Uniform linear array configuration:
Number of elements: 12
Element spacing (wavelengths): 1
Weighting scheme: hamming
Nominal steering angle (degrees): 45
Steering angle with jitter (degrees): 44.783
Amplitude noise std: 0.05
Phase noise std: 0.05

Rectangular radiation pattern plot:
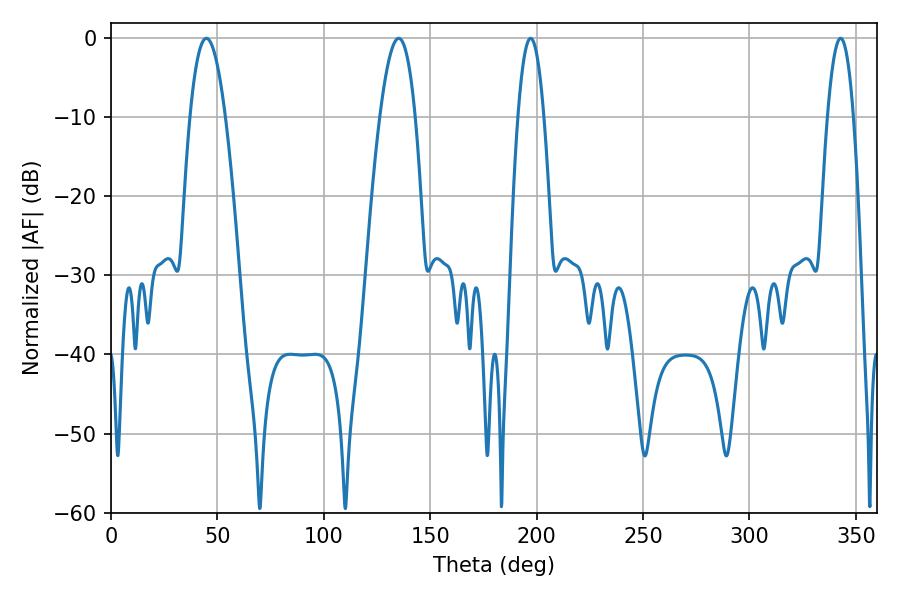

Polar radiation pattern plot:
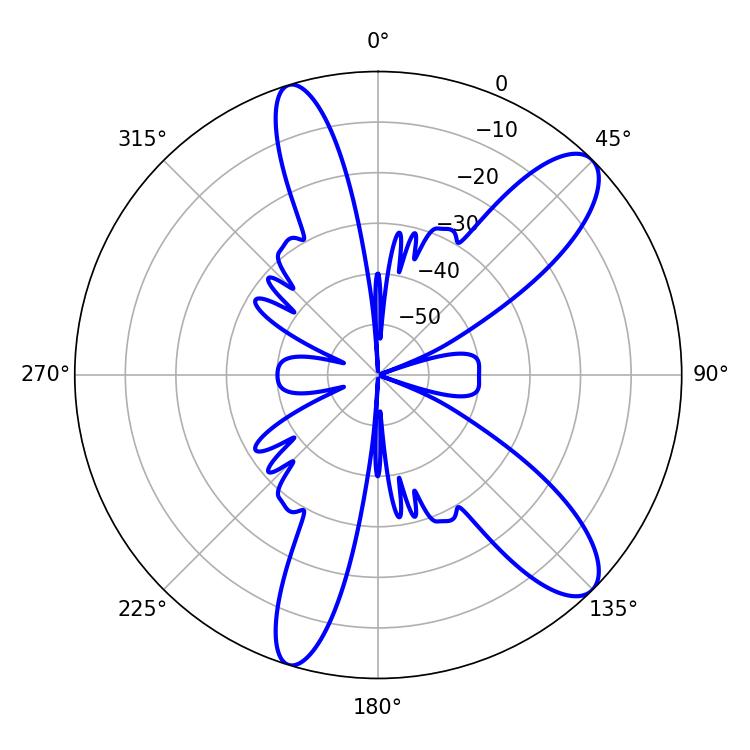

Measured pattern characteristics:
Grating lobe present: TRUE
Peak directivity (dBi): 10.766
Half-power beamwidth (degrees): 9
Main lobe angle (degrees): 44.82